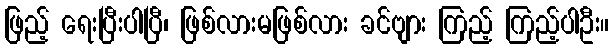
ဖြည့် ရေးပြီးပါပြီ၊ ဖြစ်လားမဖြစ်လား ခင်ဗျား ကြည့် ကြည့်ပါဦး။